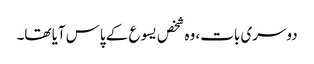
دوسری بات، وہ شخص یسوع کے پاس آیا تھا۔